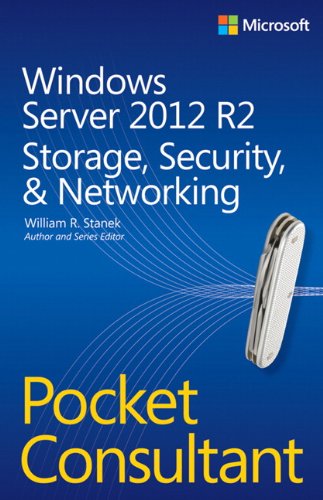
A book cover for Windows Server 2012 R2 Pocket Consultant Volume 2: Storage, Security, & Networking; William Stanek; Computers & Technology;